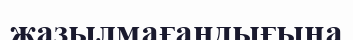
жазылмағандығына